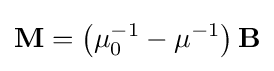
\mathbf {M} =\left(\mu _{0}^{-1}-\mu ^{-1}\right)\mathbf {B}